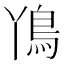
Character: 𮬨